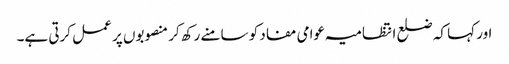
اور کہا کہ ضلع انتظامیہ عوامی مفاد کو سامنے رکھ کر منصوبوں پر عمل کرتی ہے۔